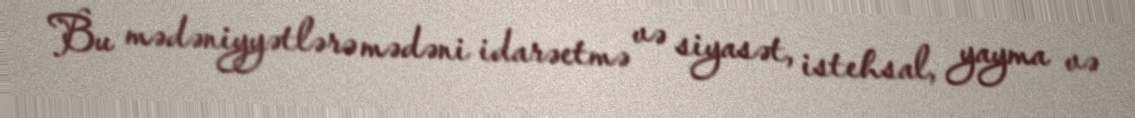
Bu mədəniyyətlərə mədəni idarəetmə və siyasət, istehsal, yayma və